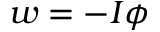
w = - I \phi